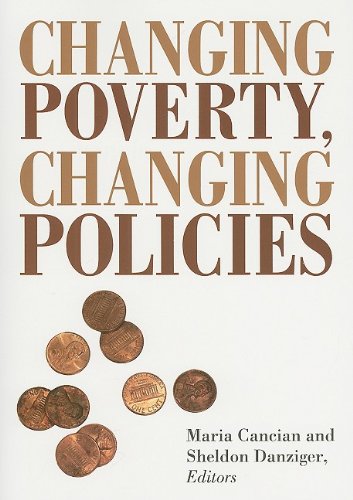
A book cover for Changing Poverty, Changing Policies (Institute for Research on Poverty Series on Poverty and Public Policy); Business & Money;